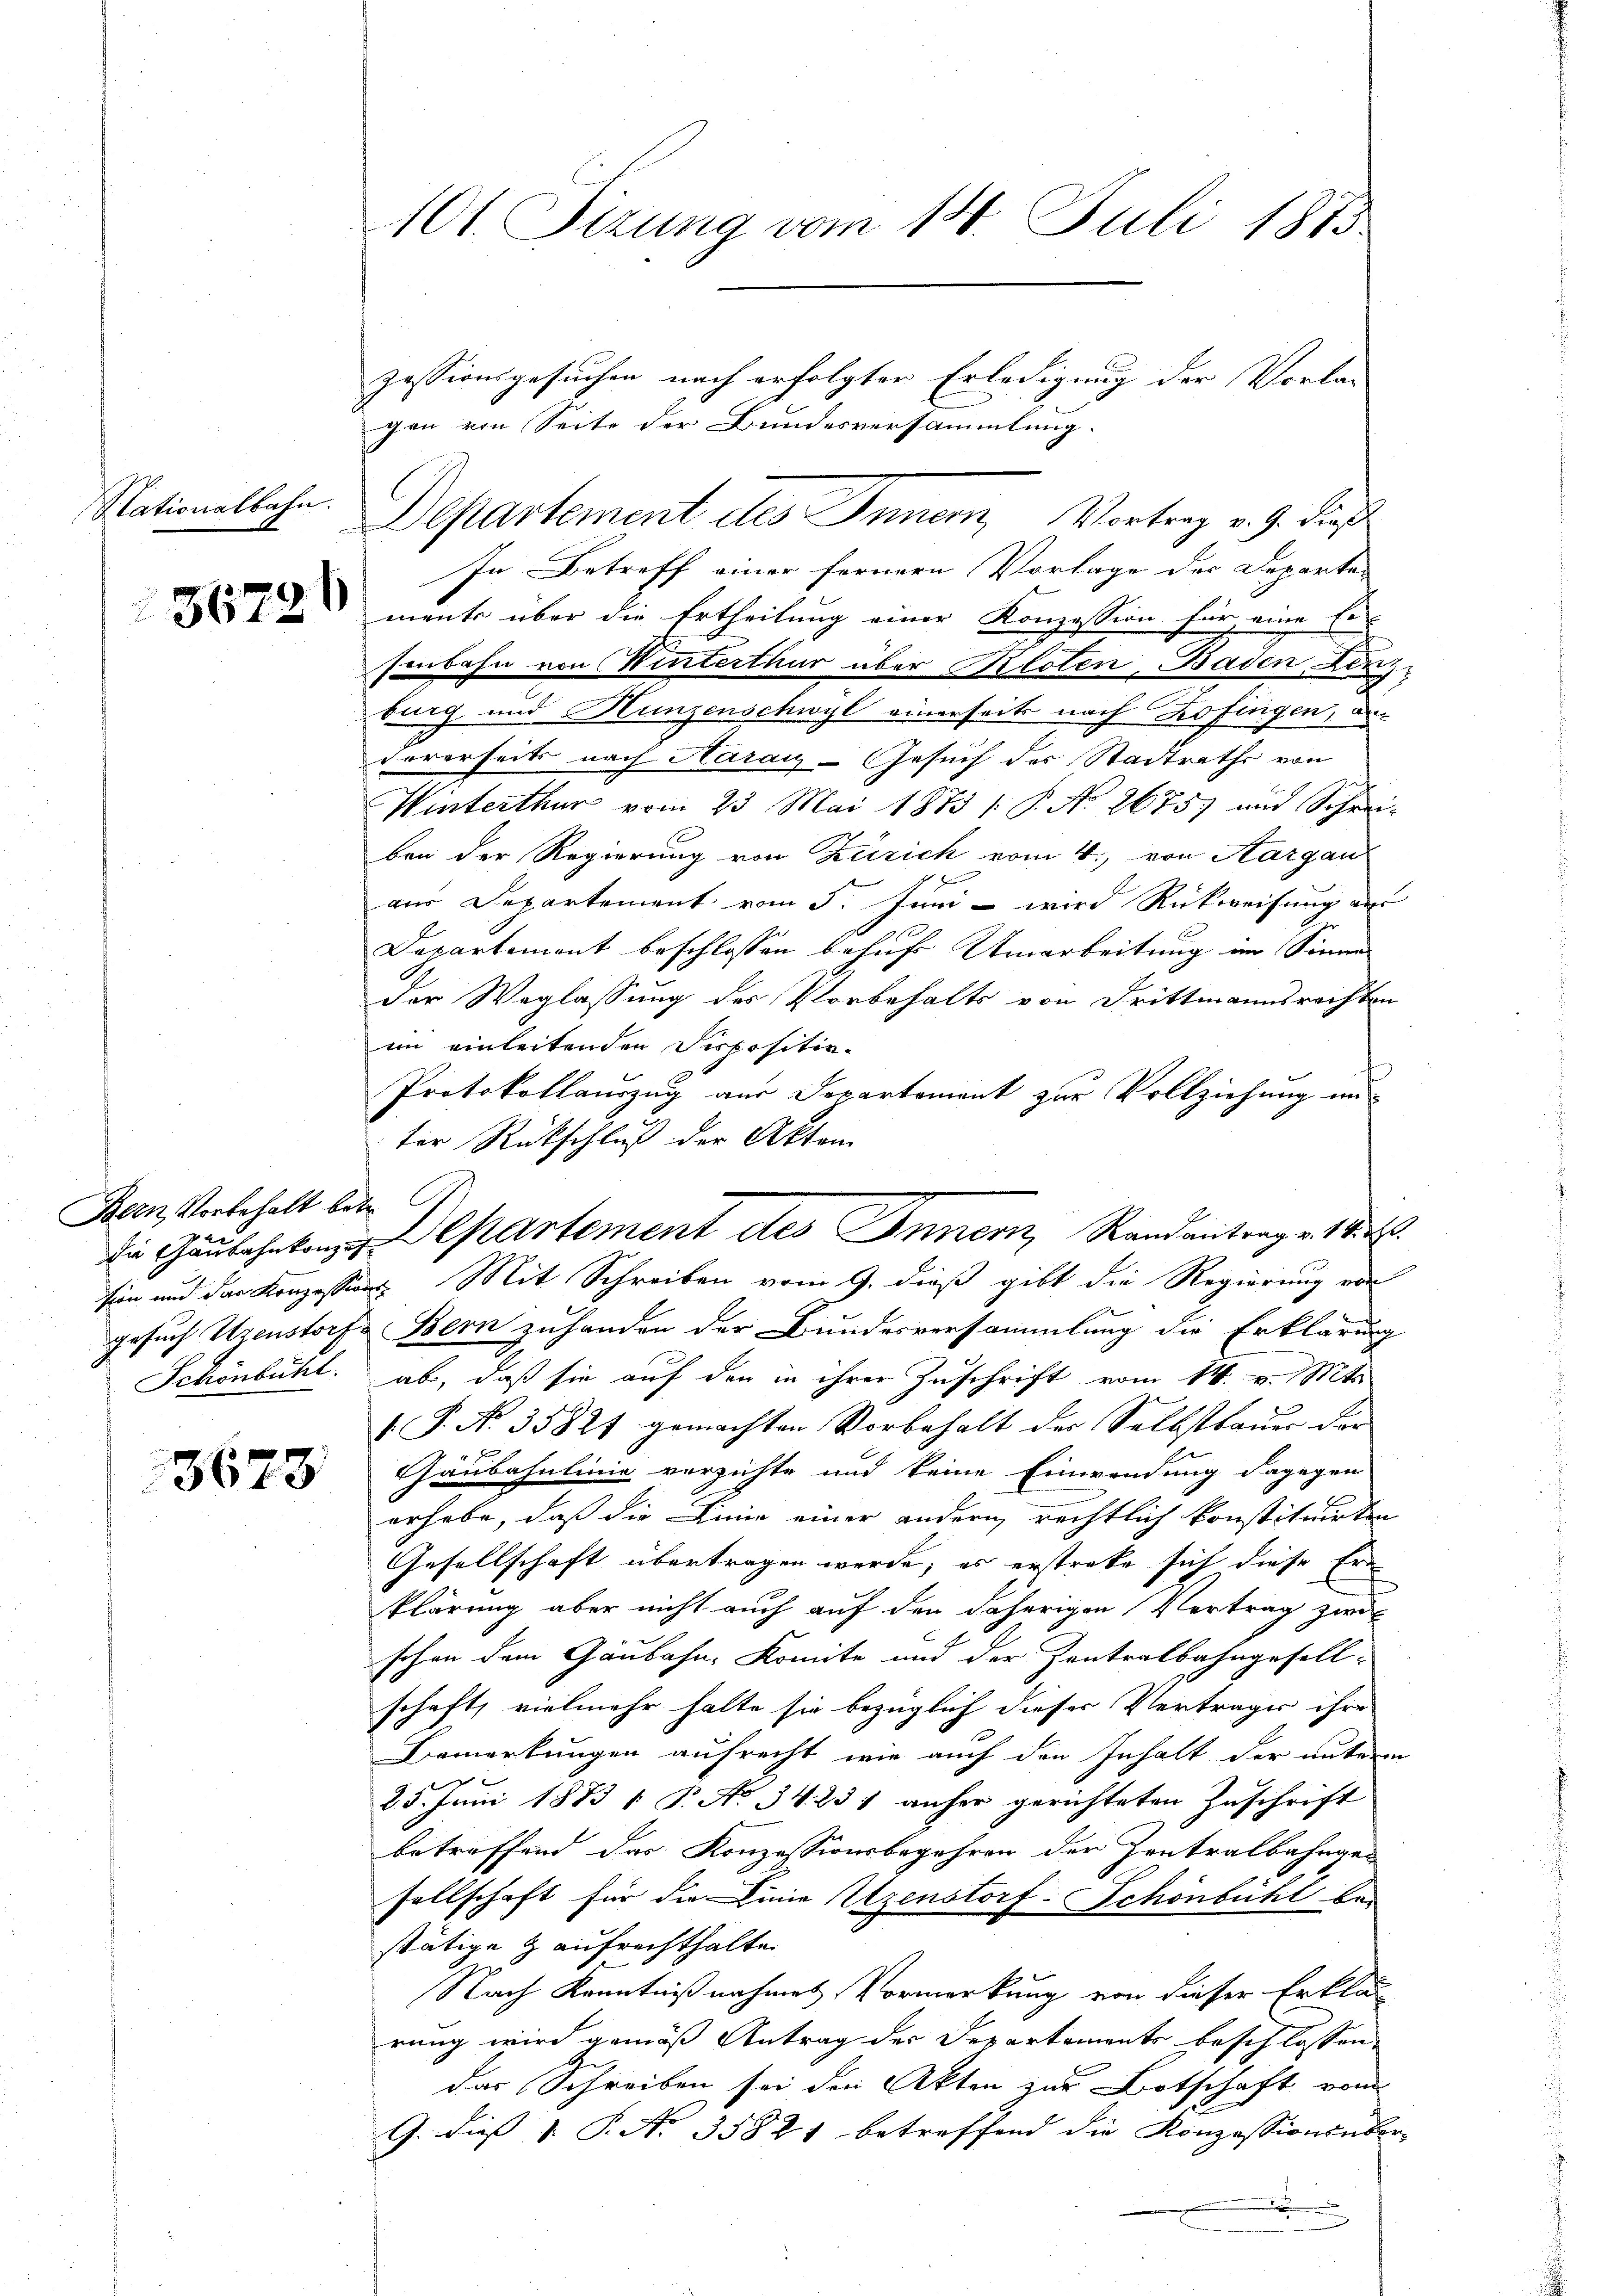
Nationalbahn.

36796

Bern, Vorbehalt betr.
Schönbühl.

3623

101. Sizung vom 18. Juli 1815

gen von Seite der Bundesversammlung.
Departement des Inner, Vortrag v. J. dies
In Betreff einer fernern Vorlage der Departa-
ments über die Ertheilung einer Konzession für eine Er
senbahn von Winterthur über Kloten Baden Lenzburg und Hunzenschwyl einerseit nach Kofingen, d
Forerseits nach Haraiz-Gesuch der Stadtraths von
Winterthur vom 23. Mai 1873 / P. N. 2675) und Schrei-
ben der Regierung von Zürich vom 4. von Aargau
aus Departement vom 5. Juni - wird Rückweisung an
Departement beschlossen behufs Umarbeitung im Sinne
der Weglassung des Vorbehalts von Drittmannsrechten
im einleitenden Dispositin¬
Protokollauszug aus Departement zur Vollziehung un
ter Rückschluß der Aktem
sion und der Konzessions Mit Schreiben vom 9. dieß gibt die Regierung von
gesuch Uzenstorfe Bern zuhanden der Bundesversammlung die Erklärung
ab, daß sie auf den in ihrer Zuschrift vom 14. v. Mts.
P. No. 35827 gemachten Vorbehalt der Selbstbauer dar
Gäubahnlinie verzichte und keine Einwendung dagegen
erhabe, daß die Linie einer andern, rechtlich konstituirten
Gesellschaft übertragen werde; es erstreke sich diese Erd
klärung aber nicht auch auf den daherigen Vertrag zwis
schon dem Gaubahn, Komite und der Zentralbahngesell-
schaft, vielmehr halte sie bezüglich dieser Vertrages ihre
Bemerkungen aufrecht, wie auf den Inhalt der unterm
25. Juni 1883 1 P. No 34. 231 anher gerichteten Zuschrift
betreffend das Konzessionsbegehren der Zentralbahnge-
sellschaft für die Linie Utzenstorf-Schönbühl be
stätige aufrechthalte
Nach Kenntnißnahmes Vormerkung von dieser Erklär
rung wird gemäß Antrag der Departements beschlossen,
das Schreiben sei den Akten zur Botschaft vom
G. dieß 1. P. Nr. 35821 betreffend die Konzessionsüber-
.

zessionsgesuchen nach erfolgter Erledigung der Vorlag

die Gaubahnten Departement des Innern, Randantrag v. 14.